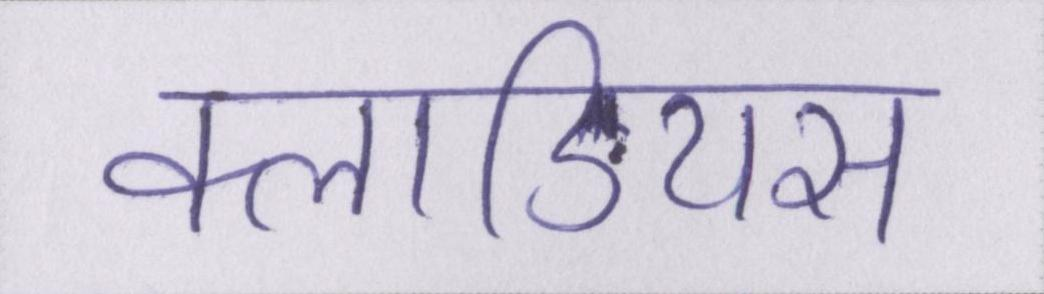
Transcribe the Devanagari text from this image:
क्लाडियस